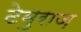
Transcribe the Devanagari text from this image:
टेमुराज़